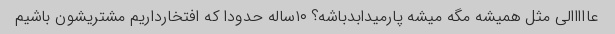
عااااالی مثل همیشه مگه میشه پارمیدابدباشه؟ ۱۰ساله حدودا که افتخارداریم مشتریشون باشیم